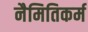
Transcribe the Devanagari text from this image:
नैमितिकर्म